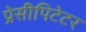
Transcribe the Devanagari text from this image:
प्रेसीपिटेटर